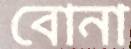
বোনা